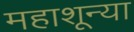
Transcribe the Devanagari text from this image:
महाशून्या